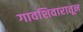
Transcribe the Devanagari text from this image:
गावशिवारातून